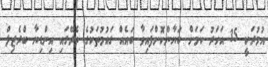
އުމުރަކީ 35 އަހަަރު ކަމަށް ބަޔާންކޮށްފައިވާ ބައެއް ގައުމުތަކުގެ ތެރޭގައި އިންޑިޔާ ބްރެޒިލް